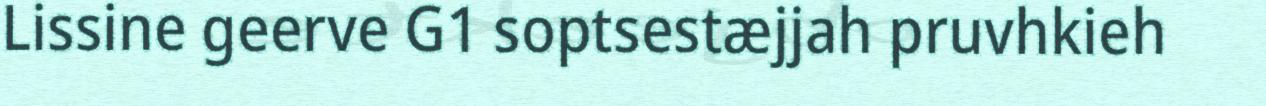
Lissine geerve G1 soptsestæjjah pruvhkieh